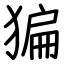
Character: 猵